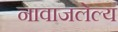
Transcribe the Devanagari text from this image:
नावाजलेल्य